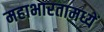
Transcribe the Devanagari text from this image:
महाभारतामध्यें